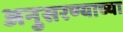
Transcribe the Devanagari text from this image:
अनुसरण्याच्या